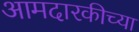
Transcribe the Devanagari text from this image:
आमदारकीच्या